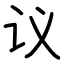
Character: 议